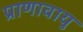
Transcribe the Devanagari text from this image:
प्राणावायु